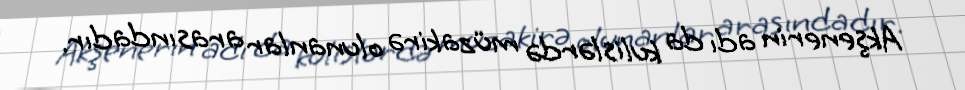
Akşenerin adı da kulislərdə müzakirə olunanlar arasındadır.